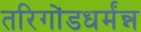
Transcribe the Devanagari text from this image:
तरिगोंडधर्मंन्न